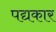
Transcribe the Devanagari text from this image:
पद्यकार